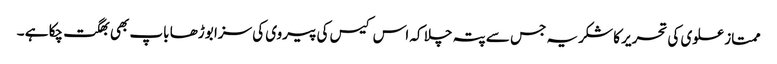
ممتاز علوی کی تحریر کا شکریہ جس سے پتہ چلا کہ اس کیس کی پیروی کی سزا بوڑھا باپ بھی بھگت چکا ہے ۔